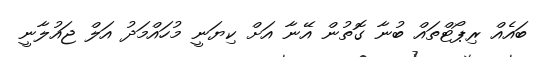
ބައެއް ރިޕޯޓްތައް ބުނާ ގޮތުން އޭނާ އަށް ކިޔަނީ މުހައްމަދު އަލް ޖައުލާނީ